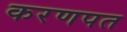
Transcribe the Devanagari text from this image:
करणपत